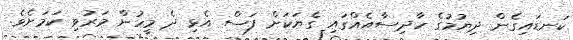
ކަނޑައިގެން ދިޔުމުގެ ހާދިސާއެއްގައި ގެޔަކަށް ފަސް އެޅި ދެ މީހުން މަރުވި ކަމަށެވެ.